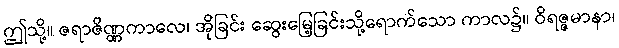
ဤသို့။ ဇရာဇိဏ္ဏကာလေ၊ အိုခြင်း ဆွေးမြေ့ခြင်းသို့ရောက်သော ကာလ၌။ ဝိရဇ္ဇမာနာ၊